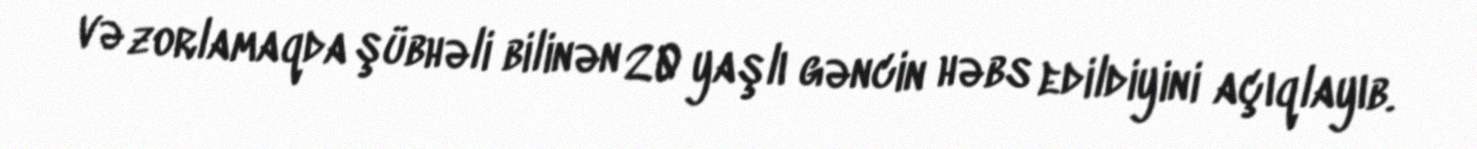
və zorlamaqda şübhəli bilinən 20 yaşlı gəncin həbs edildiyini açıqlayıb.